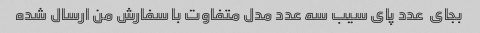
بجای  عدد پای سیب سه عدد مدل متفاوت با سفارش من ارسال شده